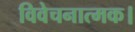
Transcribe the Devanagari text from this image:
विवेचनात्मक।